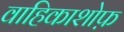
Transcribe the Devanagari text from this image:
वाहिकाशोफ़